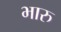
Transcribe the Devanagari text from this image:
भारु